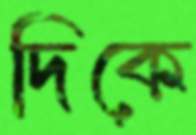
দিকে